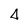
Character: 4